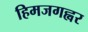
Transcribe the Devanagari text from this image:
हिमजगह्वर